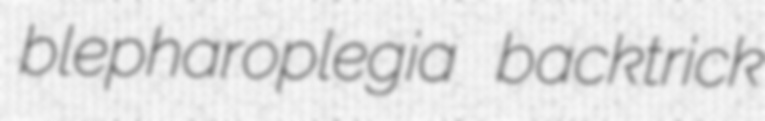
blepharoplegia backtrick